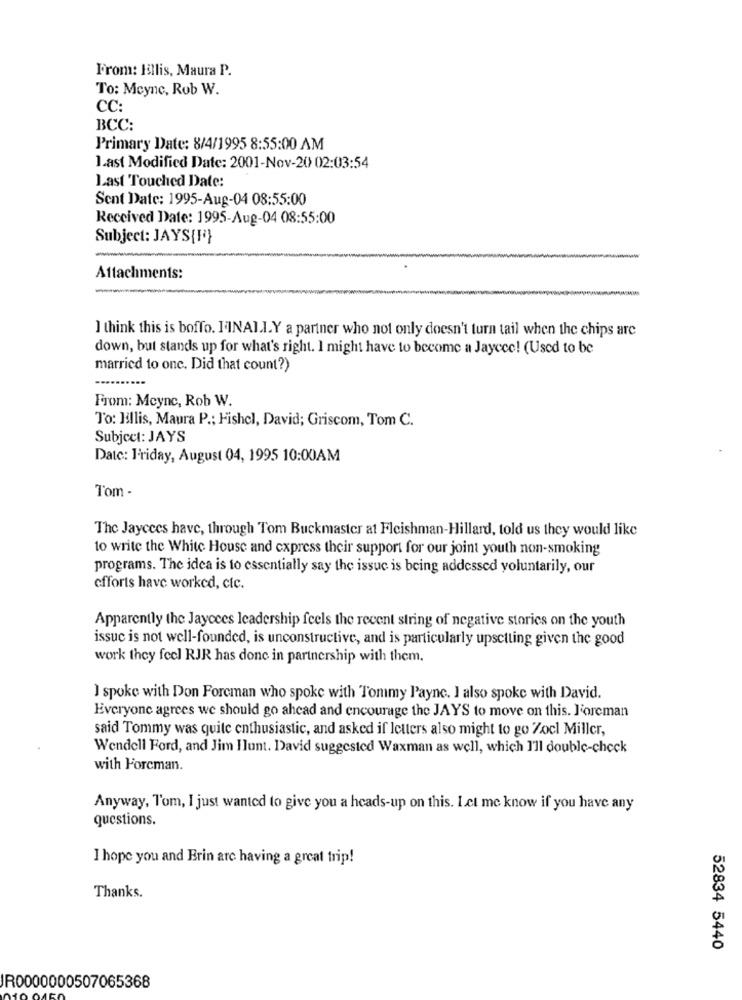
From: Illis, Maura P.
To: Mcync, Rob W.
CC:
BCC:
Primary Date: 8/4/1995 8:55:00 AM
Last Modified Date: 2001-Nov-20 02:03:54
Last Touched Date:
Sent Date: 1995-Aug-04 08:55:00
Received Date: 1995-Aug-04 08:55:00
Subject: JAYS{F}
Attachments:
---
I think this is boffo. I'INAL.I.Y a partner who not only doesn't turn tail when the chips are
down, but stands up for what's right. I might have to become a Jaycce! (Used to be
married to onc. Did that count?)
From: Meync, Rob W.
To: Billis, Maura P .: Fishel, David; Griscom, Tom C.
Subject: JAYS
Date: Friday, August 04, 1995 10:00AM
Tom -
The Jaycees have, through Tom Buckmaster at Fleishman-Hillard, told us they would like
to write the White House and express their support for our joint youth non-smoking
programs. The idea is to essentially say the issue is being addessed voluntarily, our
efforts have worked, cic.
Apparently the Jaycees leadership feels the recent string of negative stories on the youth
issuc is not well-founded, is unconstructive, and is particularly upsetting given the good
work they feel RJR has done in partnership with them.
I spoke with Don Forcman who spoke with Tommy Payne. I also spoke with David.
Everyone agrees we should go ahead and encourage the JAYS to move on this. Foreman
said Tommy was quite enthusiastic, and asked if letters also might to go Zocl Miller,
Wendell Ford, and Jim Ilunt. David suggested Waxman as well, which I'll double-check
with Forcman.
Anyway, Tom, I just wanted to give you a heads-up on this. Let me know if you have any
questions.
I hope you and Erin are having a great trip!
Thanks.
52834 5440
IR0000000507065368